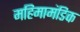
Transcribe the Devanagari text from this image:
महिमामंडिक